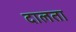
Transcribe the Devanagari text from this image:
दालता